Civil Veterinary Dept. Assam report 1927-50 - 1927-1950
Year: 1927
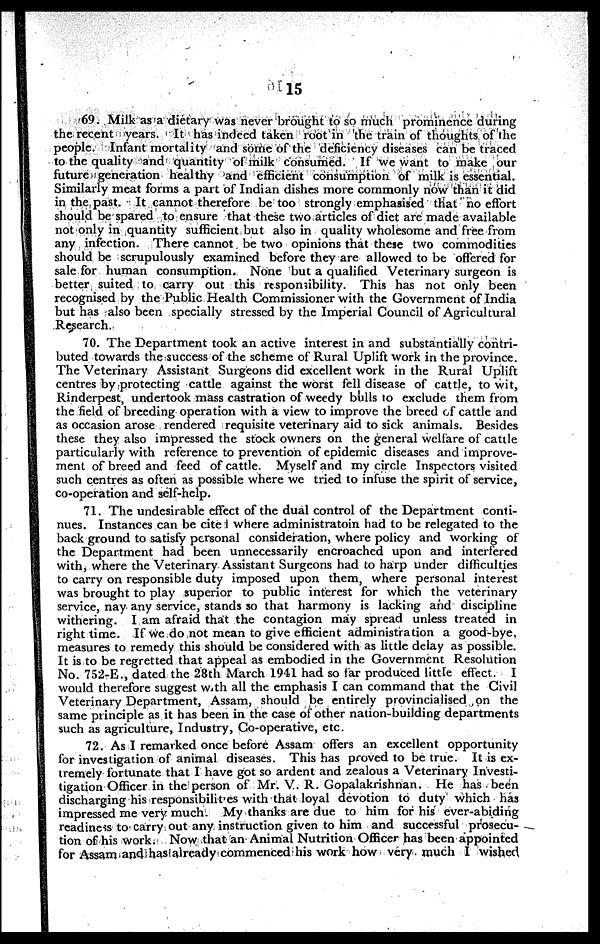
15
69. Milk as a dietary was never brought to so much prominence during
the recent years. It has indeed taken root in the train of thoughts of the
people. Infant mortality and some of the deficiency diseases can be traced
to the quality and quantity of milk consumed. If we want to make our
future generation healthy and efficient consumption of milk is essential.
Similarly meat forms a part of Indian dishes more commonly now than it did
in the past. It cannot therefore be too strongly emphasised that no effort
should be spared to ensure that these two articles of diet are made available
not only in quantity sufficient but also in quality wholesome and free from
any infection. There cannot be two opinions that these two commodities
should be scrupulously examined before they are allowed to be offered for
sale for human consumption. None but a qualified Veterinary surgeon is
better suited to carry out this responsibility. This has not only been
recognised by the Public Health Commissioner with the Government of India
but has also been specially stressed by the Imperial Council of Agricultural
Research.
70. The Department took an active interest in and substantially contri-
buted towards the success of the scheme of Rural Uplift work in the province.
The Veterinary Assistant Surgeons did excellent work in the Rural Uplift
centres by protecting cattle against the worst fell disease of cattle, to wit,
Rinderpest, undertook mass castration of weedy bulls to exclude them from
the field of breeding operation with a view to improve the breed of cattle and
as occasion arose rendered requisite veterinary aid to sick animals. Besides
these they also impressed the stock owners on the general welfare of cattle
particularly with reference to prevention of epidemic diseases and improve-
ment of breed and feed of cattle. Myself and my circle Inspectors visited
such centres as often as possible where we tried to infuse the spirit of service,
co-operation and self-help.
71. The undesirable effect of the dual control of the Department conti-
nues. Instances can be cite where administratoin had to be relegated to the
back ground to satisfy personal consideration, where policy and working of
the Department had been unnecessarily encroached upon and interfered
with, where the Veterinary Assistant Surgeons had to harp under difficulties
to carry on responsible duty imposed upon them, where personal interest
was brought to play superior to public interest for which the veterinary
service, nay any service, stands so that harmony is lacking and discipline
withering. 1 am afraid that the contagion may spread unless treated in
right time. If we do not mean to give efficient administration a good-bye.
measures to remedy this should be considered with as little delay as possible.
It is to be regretted that appeal as embodied in the Government Resolution
No. 752-E., dated the 28th March 1941 had so far produced little effect. I
would therefore suggest With all the emphasis I can command that the Civil
Veterinary Department, Assam, should be entirely provincialised on the
same principle as it has been in the case of other nation-building departments
such as agriculture, Industry, Co-operative, etc.
72. As I remarked once before Assam offers an excellent opportunity
for investigation of animal diseases. This has proved to be true. It is ex-
tremely fortunate that I have got so ardent and zealous a Veterinary Investi-
--gation Officer in the person of Mr. V. R. Gopalakrishnan. He has been
discharging his responsibilites with that loyal devotion to duty which has
impressed me very much. My thanks arc due to him for his ever-abiding
readiness to carry out any instruction given to him and successful prosecu-
tion of his work. Now that an Animal Nutrition Officer has been appointed
for Assam and has already commenced his work how very much I wished